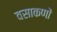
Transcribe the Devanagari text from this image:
वसाकणों